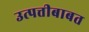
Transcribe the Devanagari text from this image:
उत्पत्तीबाबत